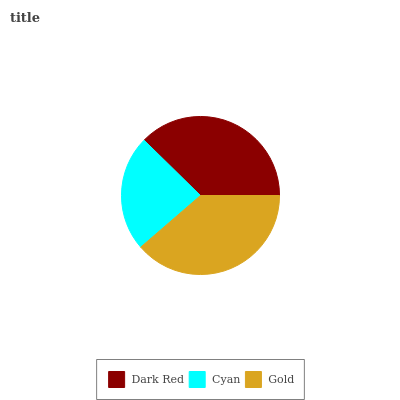
| Dark Red | Cyan | Gold |
 | --- | --- | --- |
 | 37.7% | 23.7% | 38.6% |